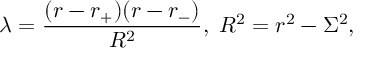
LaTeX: \lambda = \frac { ( r - r _ { + } ) ( r - r _ { - } ) } { R ^ { 2 } } , \; R ^ { 2 } = r ^ { 2 } - \Sigma ^ { 2 } ,